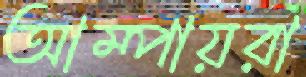
আম্পায়রা